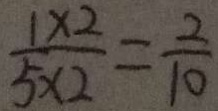
\frac { 1 \times 2 } { 5 \times 2 } = \frac { 2 } { 1 0 }